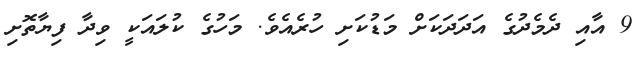
9 އާއި ދެމެދުގެ އަދަދަކަށް މަޑުކަށި ހުރެއެވެ. މަހުގެ ކުލައަކީ ވިދާ ފިޔާތޮށި